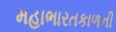
મહાભારતકાળની